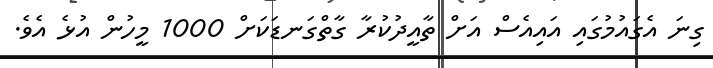
ގިނަ އެގައުމުގައި އައިއެސް އަށް ތާއީދުކުރާ ގާތްގަނޑަކަށް 1000 މީހުން އުޅެ އެވެ.